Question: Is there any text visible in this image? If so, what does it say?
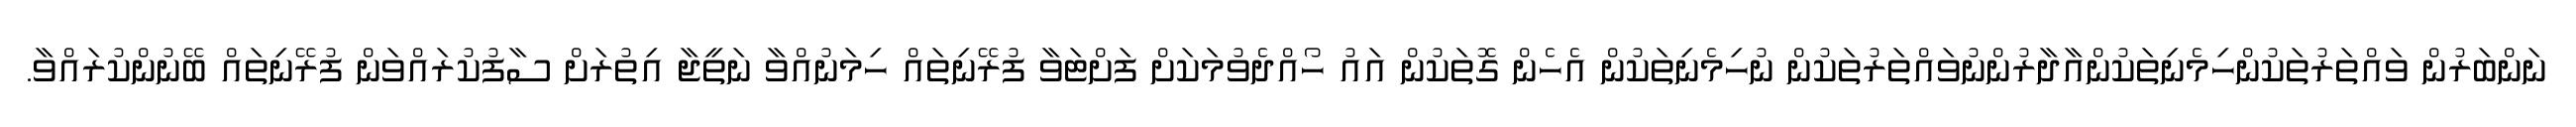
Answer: ނަންބަރުން ވައްތަރުތަކުންހިމެނިތަކުންއާދާރުންނުވައްތަރުތަކުން ނުހިމެނިތަކުން އެހެން ގޮތަކުން އައު ހޯއްދެވުމަކަށް ފަށްޓަވާ ފުރޭނިތައް ހިމަނުއްވާ ނަތީޖާ އިތުރަށް ސާފުކުރައްވަން ފުރޭނިތައް ބޭނުންކުރައްވާ.